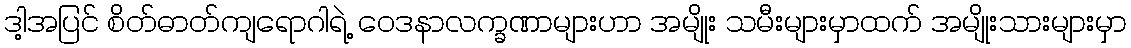
ဒါ့အပြင် စိတ်ဓာတ်ကျရောဂါရဲ့ ဝေဒနာလက္ခဏာများဟာ အမျိုး သမီးများမှာထက် အမျိုးသားများမှာ